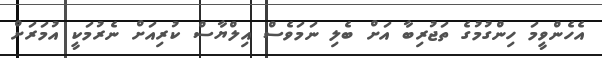
އެހެންވީމަ ހިންގުމުގެ ތަޖުރިބާ އަށް ބެލި ނަމަވެސް އިލްޔާސް ކުރިއަށް ނެރުމަކީ އުމަރަށް